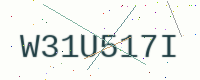
Text: W31U517I